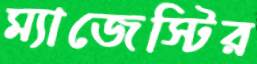
ম্যাজেস্টির